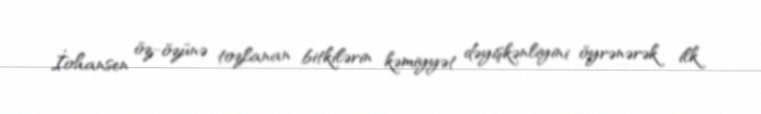
İohansen öz-özünə tozlanan bitkilərin kəmiyyət dəyişkənliyini öyrənərək ilk